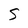
Character: S